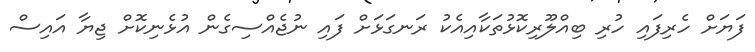
ފަޔަށް ހެރިފައި ހުރި ބިއްލޫރިކޮޅުތަކާއިއެކު ރަނގަޅަށް ފައި ނުޖެއްސިގެން އުޅެނިކޮށް ޖިޔާ އައިސް